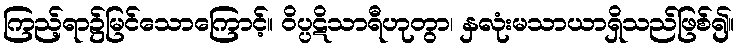
ကြည့်ရာ၌မြင်သောကြောင့်။ ဝိပ္ပဋိသာရီဟုတွာ၊ နှလုံးမသာယာရှိသည်ဖြစ်၍။